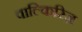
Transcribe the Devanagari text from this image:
वाल्किरिज़